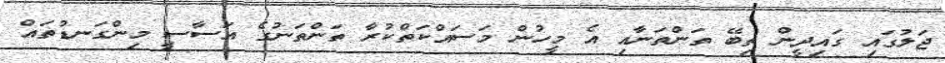
ޖަލުގައި ގައިދީން ތިބޭ ތަންތަނާއި އެ މީހުން މަސައްކަތްކުރާ ތަންތަނުގެ އަސާސީ މިންގަނޑުތައް